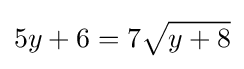
5y+6=7{\sqrt {y+8}}